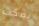
تمكث